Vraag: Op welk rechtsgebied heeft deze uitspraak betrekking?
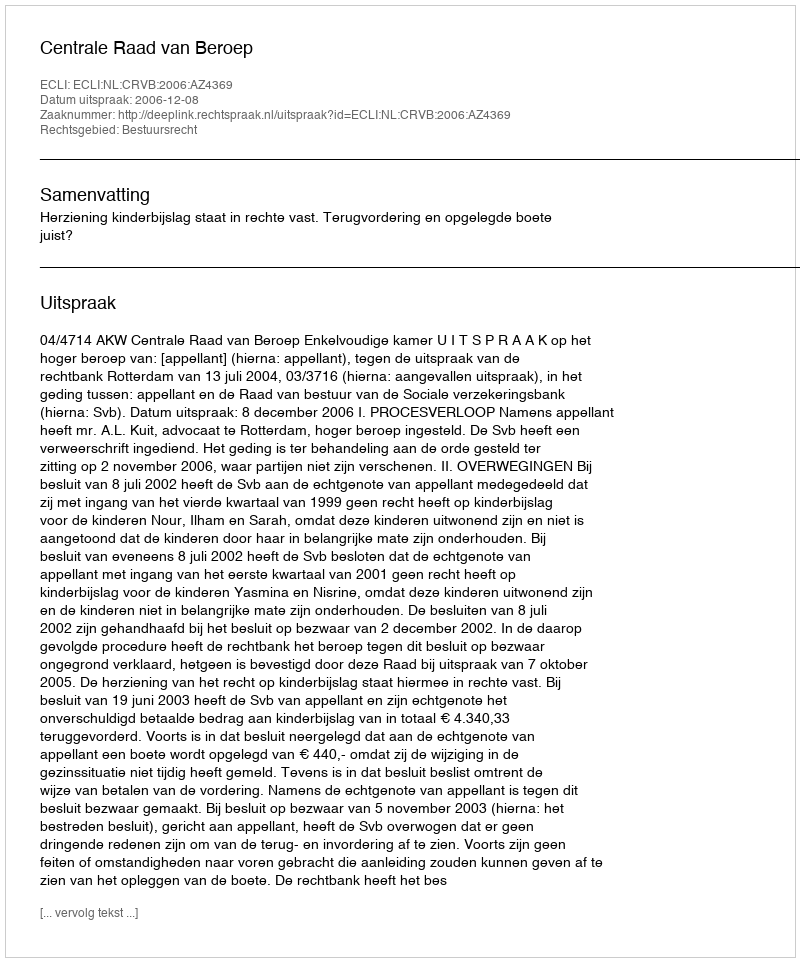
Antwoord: Bestuursrecht